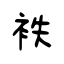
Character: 袟